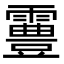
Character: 霻